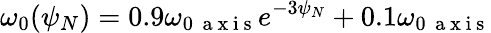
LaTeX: \omega_{0}(\psi_{N})=0.9\omega_{0\, \mathrm{~a~x~i~s~}}e^{-3\psi_{N}}+0.1\omega_{0\, \mathrm{~a~x~i~s~}}